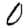
Digit: 0